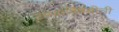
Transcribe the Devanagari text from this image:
टप्प्यांविषयीची